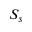
S _ { s }